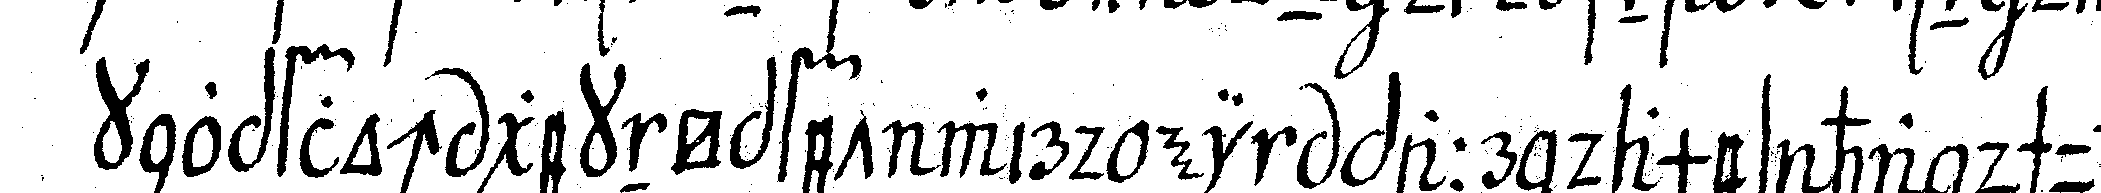
knopfloch geknöpfet wird ein paar dames handschuh